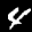
Label: 4